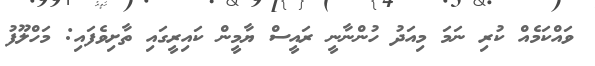
ވައްކަމެއް ކުރި ނަމަ މިއަދު ހުންނާނީ ރައީސް ޔާމީން ކައިރީގައި ތާށިވެފައި: މަހްލޫފު